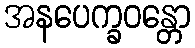
အနပေက္ခဝန္တော